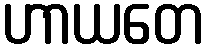
ဟာယတေ